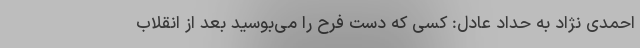
احمدی نژاد به حداد عادل: کسی که دست فرح را می‌بوسید بعد از انقلاب